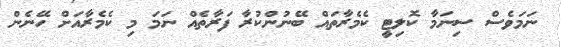
ނަމަވެސް ސިނަމާ ކޮލިޓީ ކެމެރާތައް ބޭނުންކުރާ ފަރާތެއް ނަމަ މި ކެމެރާއަށް ހޭނެން